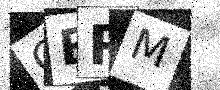
Text: GBRM